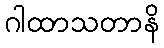
ဂါထာသတာနိ